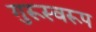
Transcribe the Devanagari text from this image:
गुरूस्वरूप